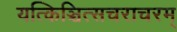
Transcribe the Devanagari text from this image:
यत्किञ्चित्सचराचरम्